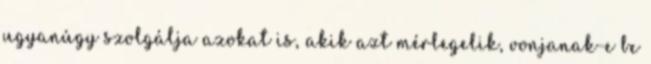
ugyanúgy szolgálja azokat is, akik azt mérlegelik, vonjanak-e be